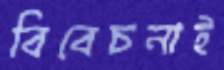
বিবেচনাই